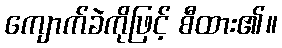
ကျောက်ခဲကိုဖြင့် စီထား၏။